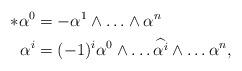
LaTeX: \begin{align*}*\alpha^0&=-\alpha^1\wedge\ldots\wedge\alpha^n\\*\alpha^i&=(-1)^i\alpha^0\wedge\ldots\widehat{\alpha^i}\wedge\ldots\alpha^n,\end{align*}